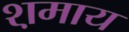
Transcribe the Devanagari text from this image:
श़माय